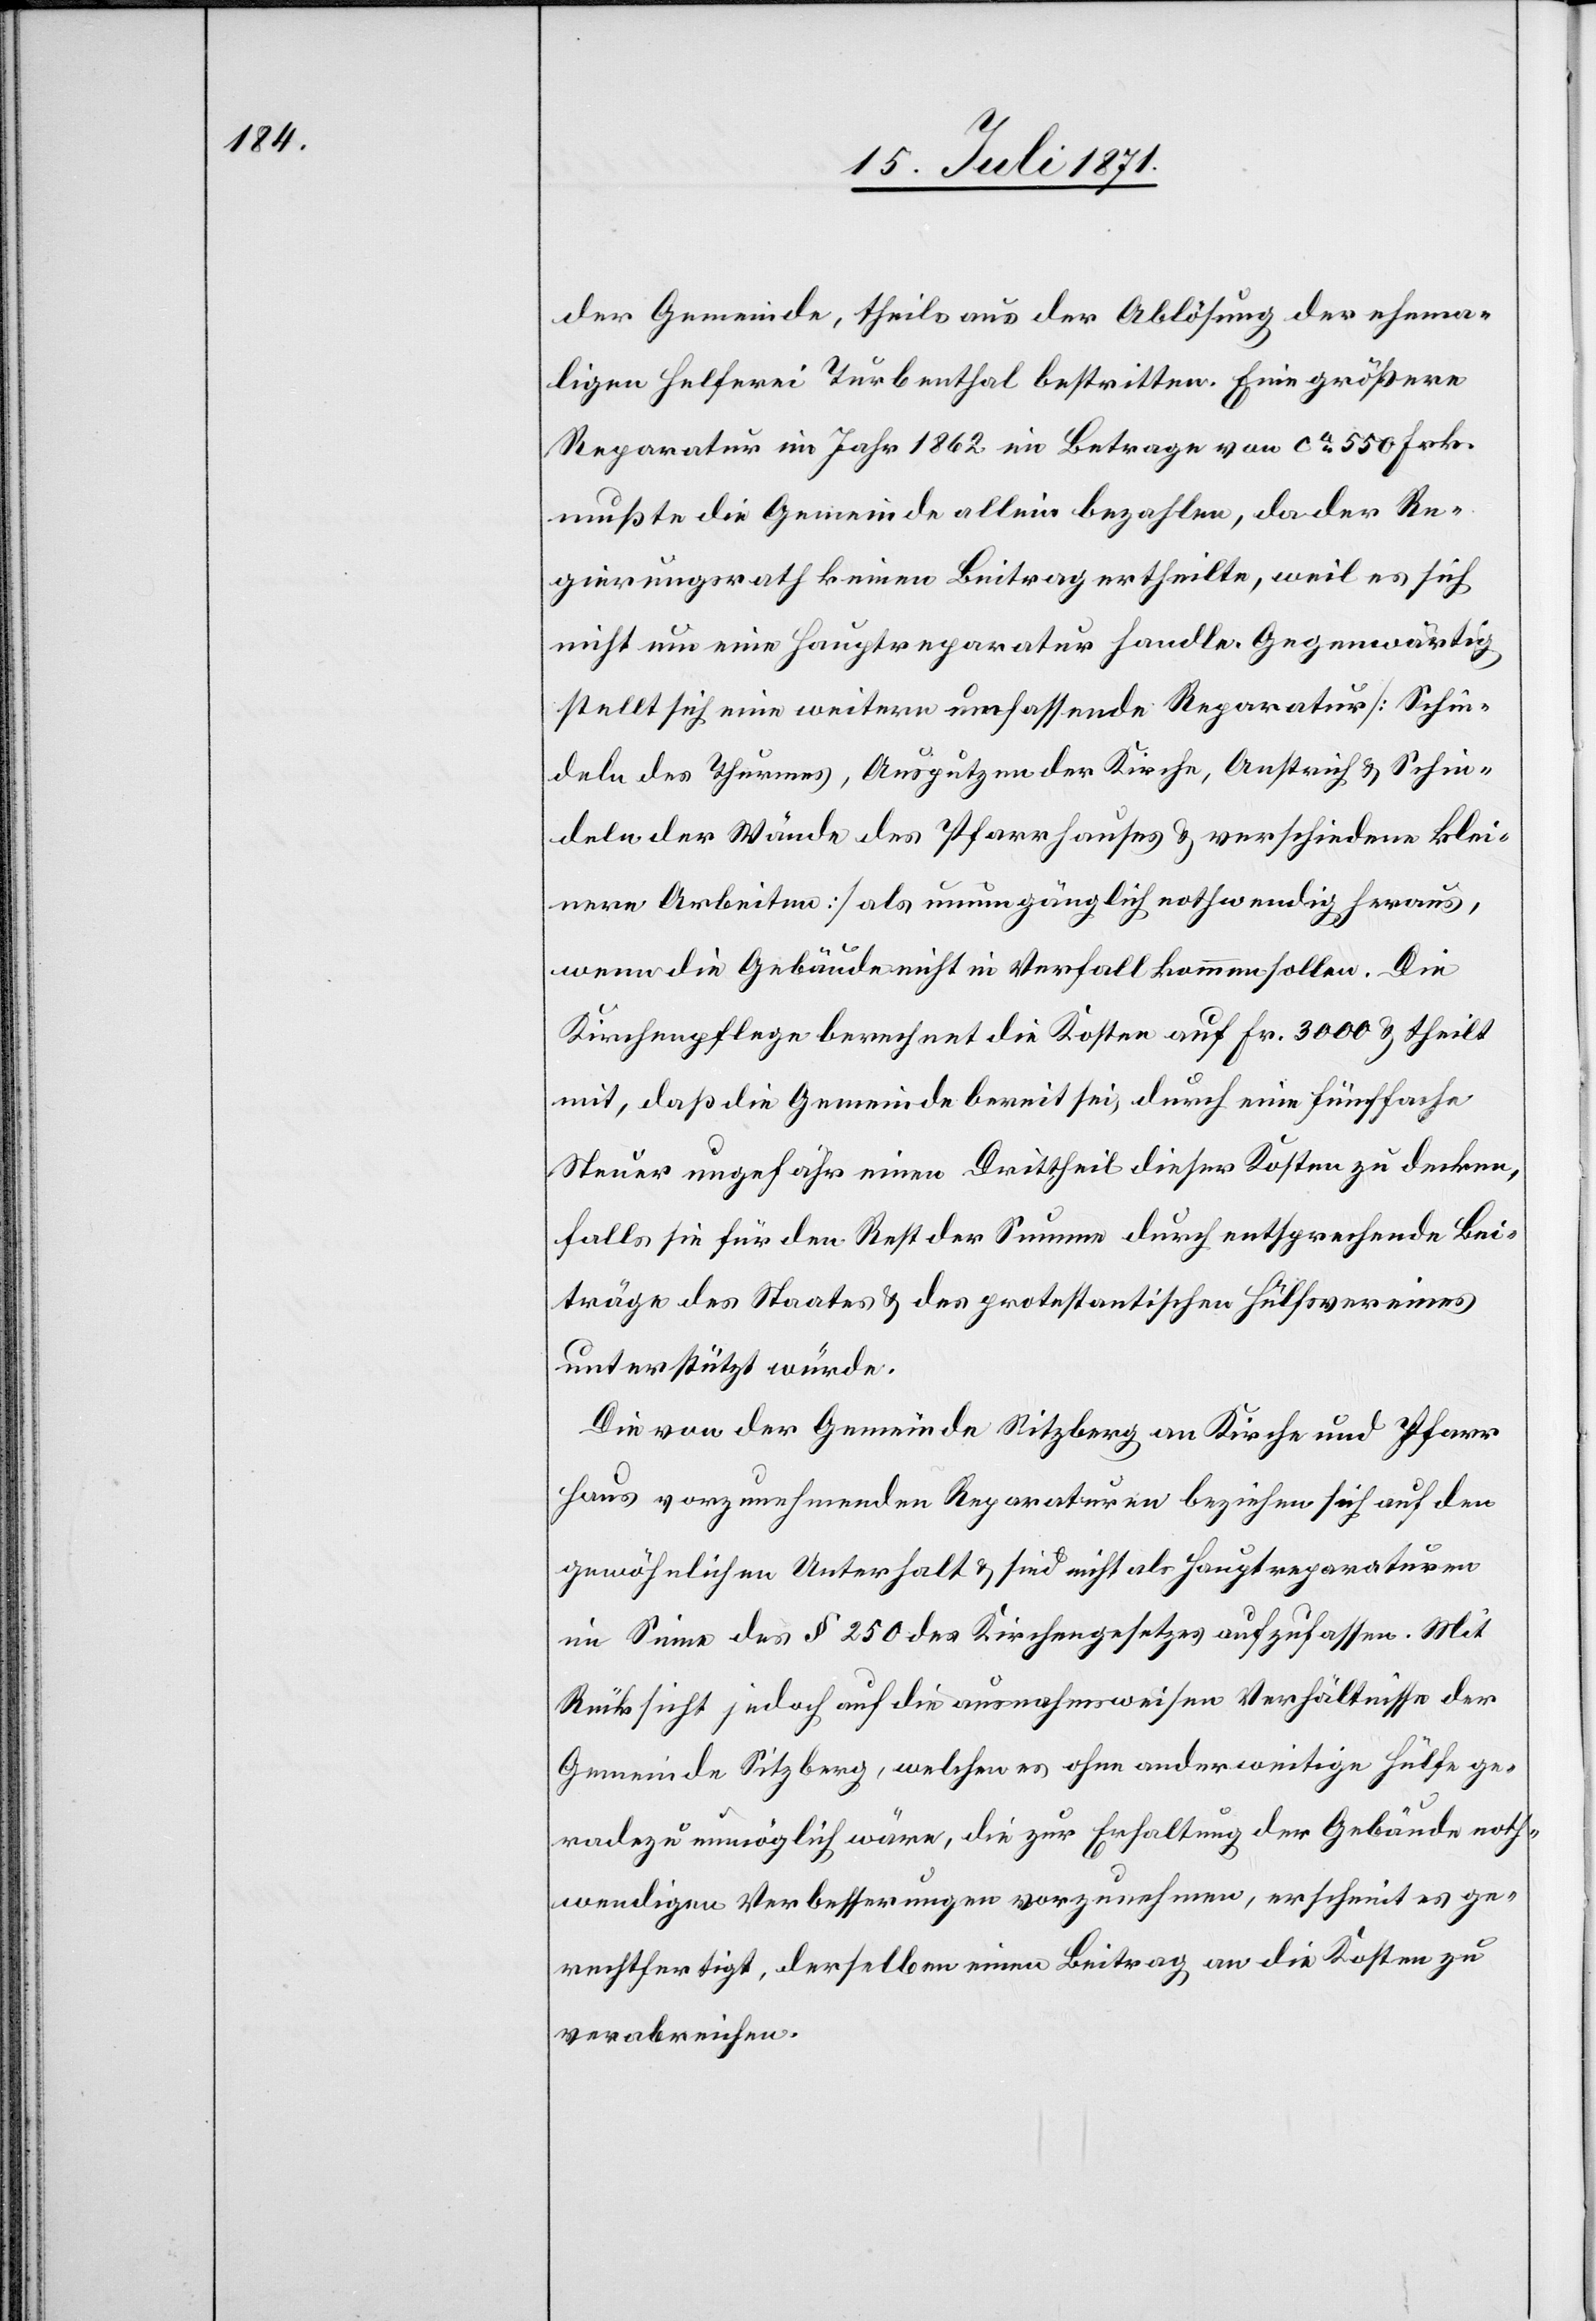
der Gemeinde, theils aus der Ablösung der ehema¬
ligen Helferei Turbenthal bestritten. Eine größere
Reparatur im Jahr 1862 im Betrage von ca. 550 Frk.
mußte die Gemeinde allein bezahlen, da der Re¬
gierungsrath keinen Beitrag ertheilte, weil es sich
nicht um eine Hauptreparatur handle. Gegenwärtig
stellt sich eine weitere umfassende Reparatur [Schin¬
deln des Thurmes, Ausputzen der Kirche, Anstrich u. Schin¬
deln der Wände des Pfarrhauses u. verschiedene klei¬
nere Arbeiten] als unumgänglich nothwendig heraus,
wenn die Gebäude nicht in Verfall kommen sollen. Die
Kirchenpflege berechnet die Kosten auf Fr. 3000 u. theilt
mit, daß die Gemeinde bereit sei, durch eine fünffache
Steuer ungefähr einen Drittheil dieser Kosten zu decken,
falls sie für den Rest der Summe durch entsprechende Bei¬
träge des Staates u. des protestantischen Hülfsvereines
unterstützt würde.
Die von der Gemeinde Sitzberg an Kirche und Pfarr¬
haus vorzunehmenden Reparaturen beziehen sich auf den
gewöhnlichen Unterhalt u. sind nicht als Hauptreparaturen
im Sinne des § 250 des Kirchengesetzes aufzufassen. Mit
Rücksicht jedoch auf die ausnahmsweisen Verhältnisse der
Gemeinde Sitzberg, welchen [sic!] es ohne anderweitige Hülfe ge¬
radezu unmöglich wäre, die zur Erhaltung der Gebäude noth¬
wendigen Verbesserungen vorzunehmen, erscheint es ge¬
rechtfertigt, derselben einen Beitrag an die Kosten zu
verabreichen.